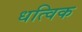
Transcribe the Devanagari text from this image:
धत्विक